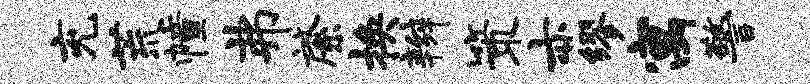
充荒幢弗綮换辫策亦缪寓警